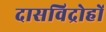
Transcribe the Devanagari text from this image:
दासविद्रोहों